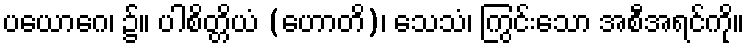
ပယောဂေ၊ ၌။ ပါစိတ္တိယံ (ဟောတိ)၊ သေသံ၊ ကြွင်းသော အစီအရင်ကို။